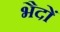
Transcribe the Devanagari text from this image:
भैदों